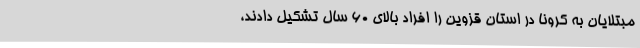
مبتلایان به کرونا در استان قزوین را افراد بالای 60 سال تشکیل دادند،